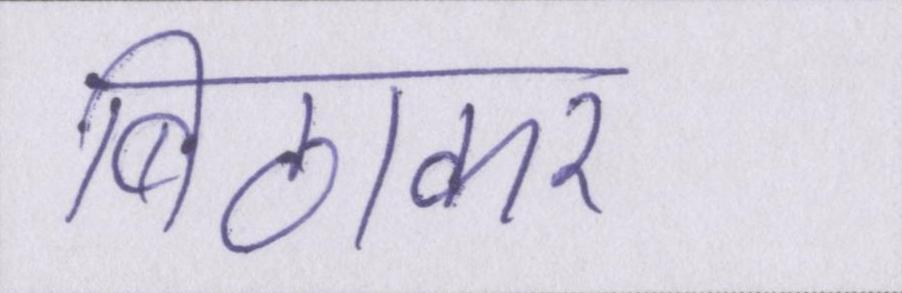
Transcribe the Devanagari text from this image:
बिठाकर